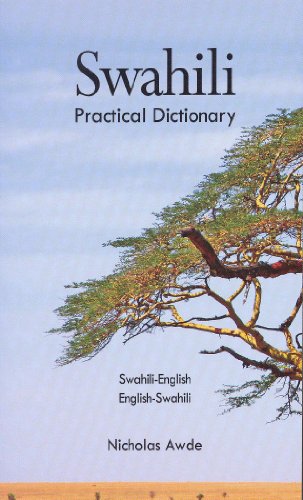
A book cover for Swahili-English, English-Swahili Practical Dictionary (Hippocrene Practical Dictionary); Nicholas Awde; Travel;